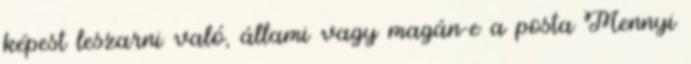
képest leszarni való, állami vagy magán-e a posta Mennyi